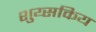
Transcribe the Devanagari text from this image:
शुय्सकिय